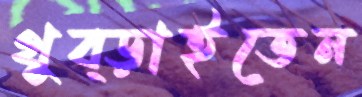
থুব্‌ড়াইতেন